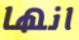
انها